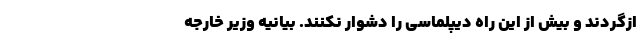
ازگردند و بیش از این راه دیپلماسی را دشوار نکنند. بیانیه وزیر خارجه